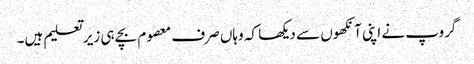
گروپ نے اپنی آنکھوں سے دیکھا کہ وہاں صرف معصوم بچے ہی زیر تعلیم ہیں۔